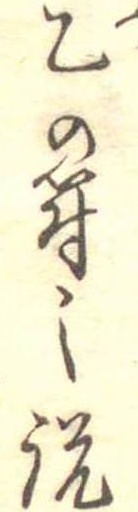
乙の符の説